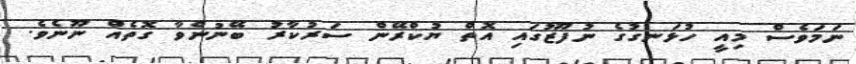
ނަމަވެސް މިއީ ހުޅަނގުގެ ނުފޫޒުގައި އޮތް ޔުކްރޭން ސަރުކާރު ބޭނުންވާ ގޮތެއް ނޫނެވެ.